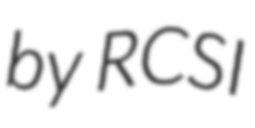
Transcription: by RCSI